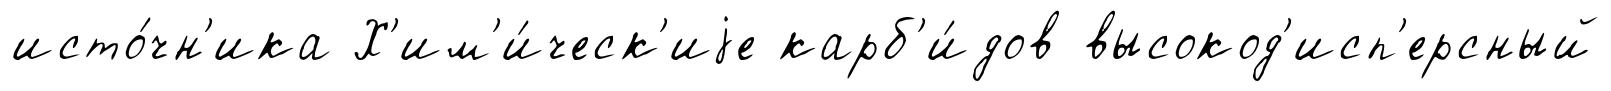
исто́чн'ика Х'им'и́ческ'иjе карб'и́дов высокод'исп'ерсный